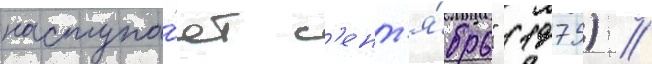
наступа́ет с'ент'я́брь" (1975) //